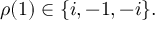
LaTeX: \rho ( { 1 } ) \in \{ i , - 1 , - i \} .